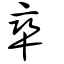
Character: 卛